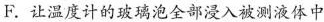
F.让温度计的玻璃泡全部浸入被测液体中